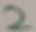
Text: 2